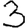
Digit: 3